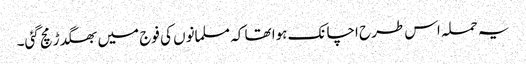
یہ حملہ اس طرح اچانک ہوا تھا کہ مسلمانوں کی فوج میں بھگدڑ مچ گئی۔